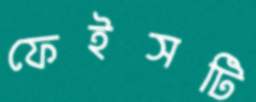
ফেইসটি